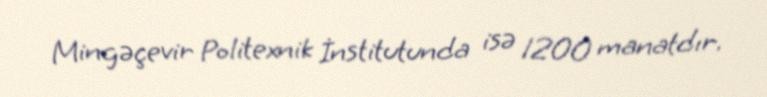
Mingəçevir Politexnik İnstitutunda isə 1200 manatdır.